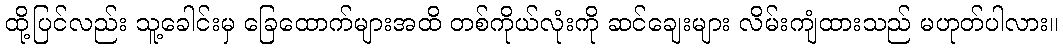
ထို့ပြင်လည်း သူ့ခေါင်းမှ ခြေထောက်များအထိ တစ်ကိုယ်လုံးကို ဆင်ချေးများ လိမ်းကျံထားသည် မဟုတ်ပါလား။